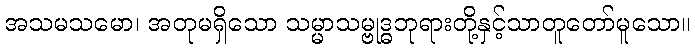
အသမသမော၊ အတုမရှိသော သမ္မာသမ္ဗုဒ္ဓဘုရားတို့နှင့်သာတူတော်မူသော။